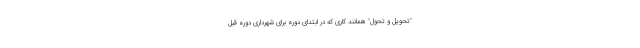
"تحویل و تحول" همانند کاری که در ابتدای دوره برای شهرداری دوره قبل